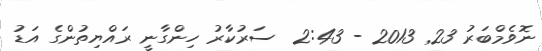
ނޮވެމްބަރު 23